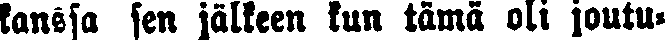
kanssa sen jälkeen kun tämä oli joutu-